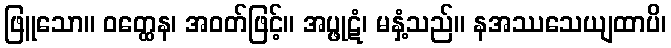
ဖြူသော။ ဝတ္ထေန၊ အဝတ်ဖြင့်။ အပ္ဖုဋံ၊ မနှံ့သည်။ နအဿသေယျထာပိ၊